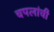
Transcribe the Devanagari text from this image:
चपलांची